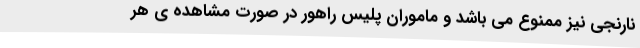
نارنجی نیز ممنوع می باشد و ماموران پلیس راهور در صورت مشاهده ی هر